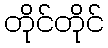
တိုင်တိုင်